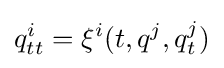
q_{tt}^{i}=\xi ^{i}(t,q^{j},q_{t}^{j})